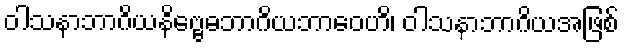
ဝါသနာဘာဂိယနိဗ္ဗေဓဘာဂိယဘာဝေဟိ၊ ဝါသနာဘာဂိယအဖြစ်